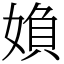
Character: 媍